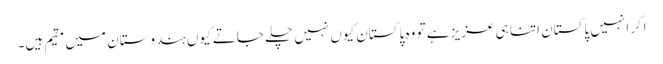
اگر انہیں پاکستان اتنا ہی عزیز ہے تو وہ پاکستان کیوں نہیں چلے جاتے کیوں ہندوستان میں مقیم ہیں۔